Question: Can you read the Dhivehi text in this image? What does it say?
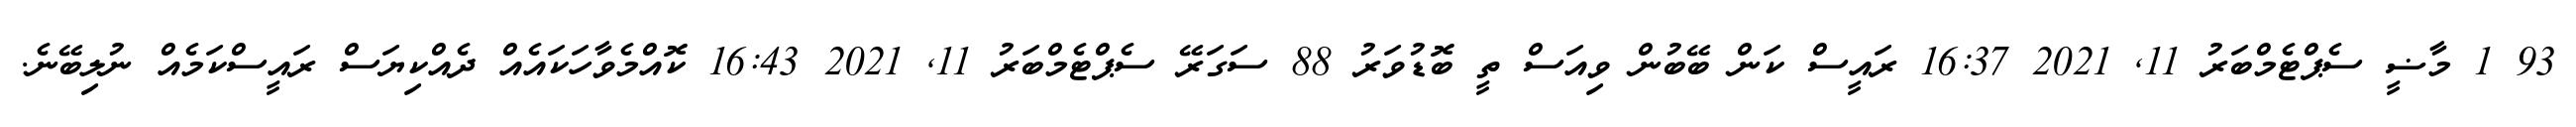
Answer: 93 1 މާޟީ ސެޕްޓެމްބަރު 11, 2021 16:37 ރައީސް ކަން ބޭބުން ވިއަސް ތީ ބޮޑުވަރު 88 ސަގަރޭ ސެޕްޓެމްބަރު 11, 2021 16:43 ކޮއްމެވާހަކައެއް ދެއްކިޔަސް ރައީސްކަމެއް ނުލިބޭނެ.